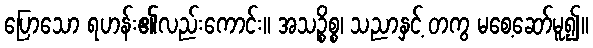
ပြောသော ရဟန်း၏လည်းကောင်း။ အသဉ္စိစ္စ၊ သညာနှင့် တကွ မစေ့ဆော်မူ၍။